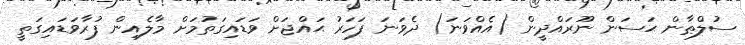
ސުލްޠާން ޙަސަން ނޫރައްދީން (އެއްވަނަ) ދެވަނަ ފަހަރު ޙައްޖަށް ވަޑައިގަތުމަށް މާލެއިން ފުރާވަޑައިގަތީ